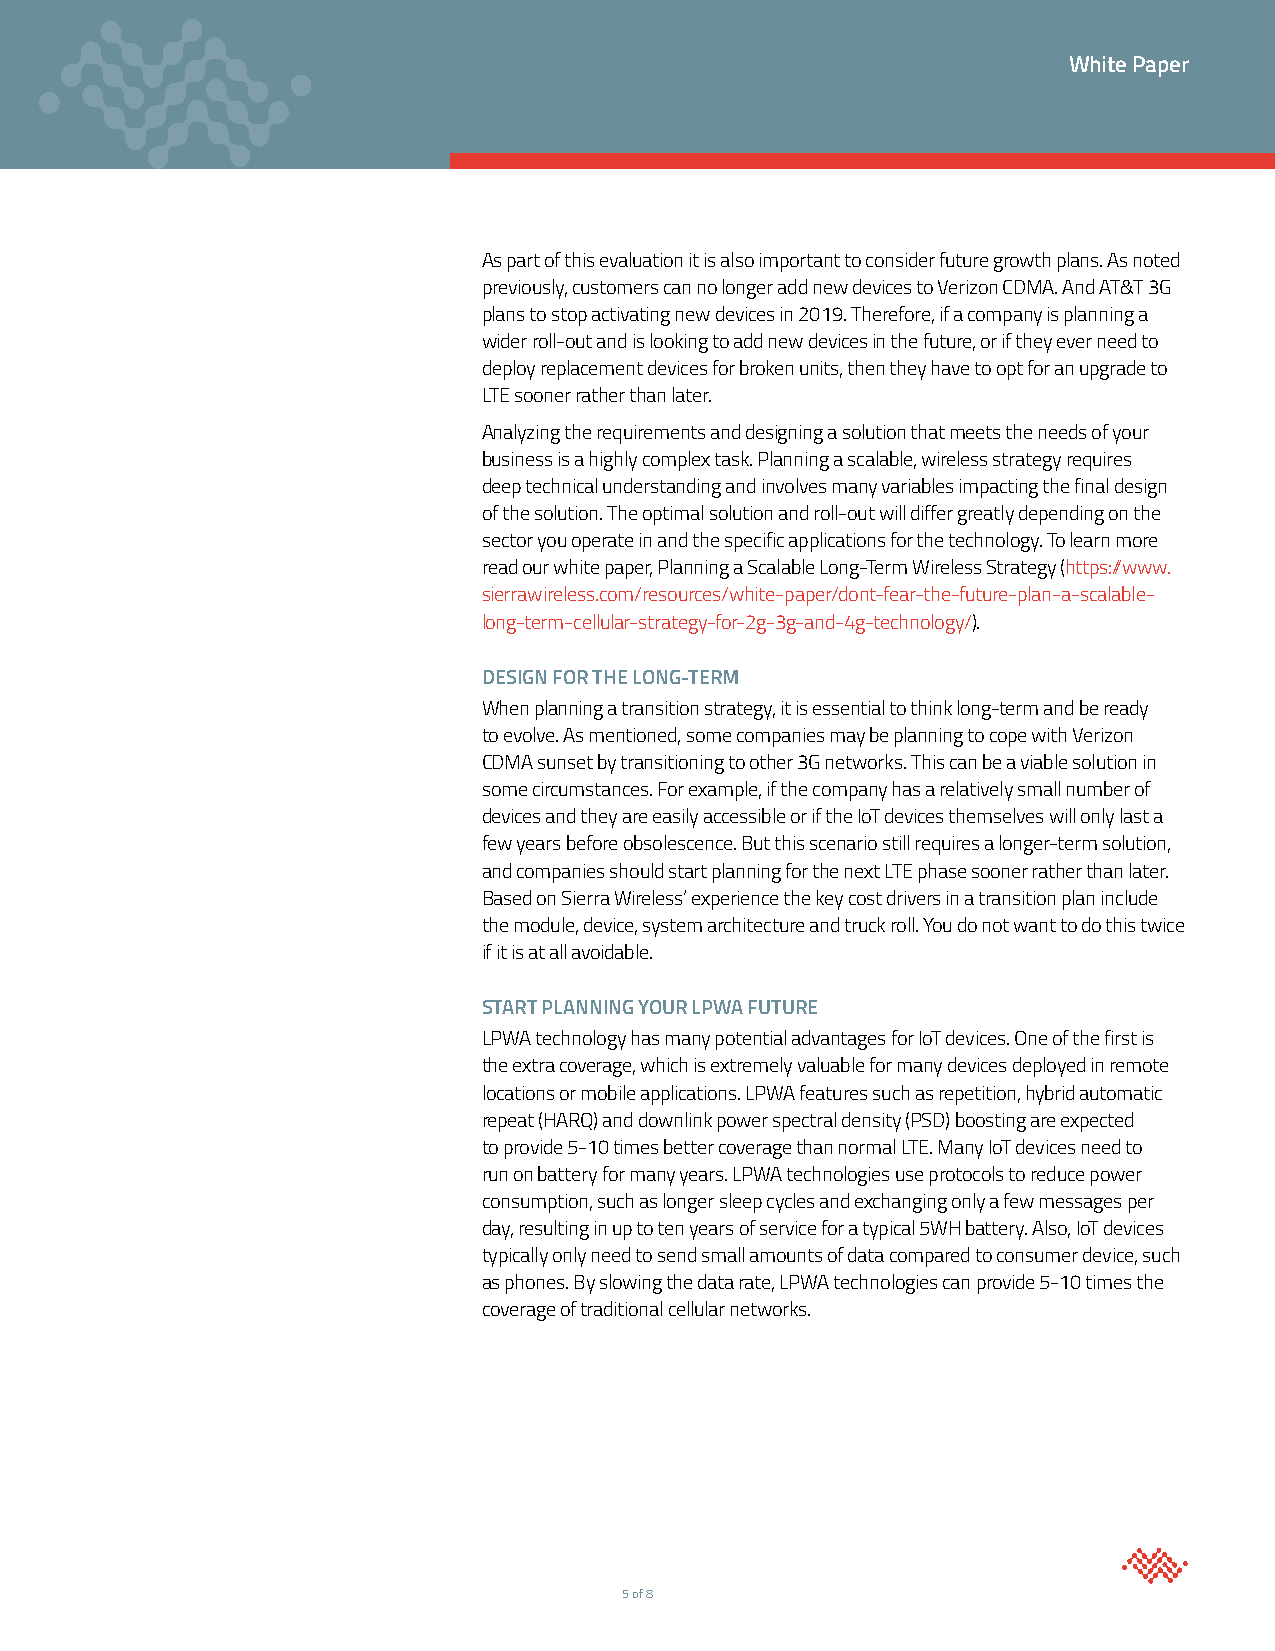
White Paper
 As part of this evaluation it is also important to consider future growth plans. As noted
 previously, customers can no longer add new devices to Verizon CDMA. And AT&T 3G
 plans to stop activating new devices in 2019. Therefore, if a company is planning a
 wider roll-out and is looking to add new devices in the future, or if they ever need to
 deploy replacement devices for broken units, then they have to opt for an upgrade to
 LTE sooner rather than later.
 Analyzing the requirements and designing a solution that meets the needs of your
 business is a highly complex task. Planning a scalable, wireless strategy requires
 deep technical understanding and involves many variables impacting the final design
 of the solution. The optimal solution and roll-out will differ greatly depending on the
 sector you operate in and the specific applications for the technology. To learn more
 read our white paper, Planning a Scalable Long-Term Wireless Strategy (https://www.
 sierrawireless.com/resources/white-paper/dont-fear-the-future-plan-a-scalable-
 long-term-cellular-strategy-for-2g-3g-and-4g-technology/).
 DESIGN FOR THE LONG-TERM
 When planning a transition strategy, it is essential to think long-term and be ready
 to evolve. As mentioned, some companies may be planning to cope with Verizon
 CDMA sunset by transitioning to other 3G networks. This can be a viable solution in
 some circumstances. For example, if the company has a relatively small number of
 devices and they are easily accessible or if the IoT devices themselves will only last a
 few years before obsolescence. But this scenario still requires a longer-term solution,
 and companies should start planning for the next LTE phase sooner rather than later.
 Based on Sierra Wireless’ experience the key cost drivers in a transition plan include
 the module, device, system architecture and truck roll. You do not want to do this twice
 if it is at all avoidable.
 START PLANNING YOUR LPWA FUTURE
 LPWA technology has many potential advantages for IoT devices. One of the first is
 the extra coverage, which is extremely valuable for many devices deployed in remote
 locations or mobile applications. LPWA features such as repetition, hybrid automatic
 repeat (HARQ) and downlink power spectral density (PSD) boosting are expected
 to provide 5-10 times better coverage than normal LTE. Many IoT devices need to
 run on battery for many years. LPWA technologies use protocols to reduce power
 consumption, such as longer sleep cycles and exchanging only a few messages per
 day, resulting in up to ten years of service for a typical 5WH battery. Also, IoT devices
 typically only need to send small amounts of data compared to consumer device, such
 as phones. By slowing the data rate, LPWA technologies can provide 5-10 times the
 coverage of traditional cellular networks.
 5 of 8